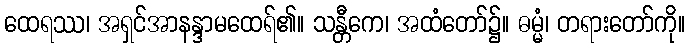
ထေရဿ၊ အရှင်အာနန္ဒာမထေရ်၏။ သန္တီကေ၊ အထံတော်၌။ ဓမ္မံ၊ တရားတော်ကို။